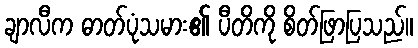
ချာလီက ဓာတ်ပုံသမား၏ ပီတိကို စိတ်ဖြာပြသည်။